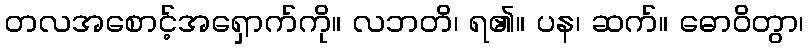
တလအစောင့်အရှောက်ကို။ လဘတိ၊ ရ၏။ ပန၊ ဆက်။ ဓောဝိတွာ၊